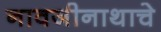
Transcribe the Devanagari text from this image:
नावजीनाथाचे